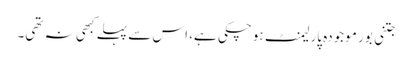
جتنی بور موجودہ پارلیمنٹ ہوچکی ہے، اس سے پہلے کبھی نہ تھی۔